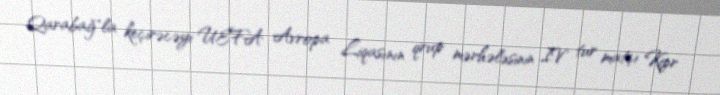
Qarabağ"la keçirəcəyi UEFA Avropa Liqasının qrup mərhələsinin IV tur matçı Kipr